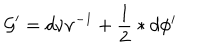
LaTeX: \mathcal { G } ^ { \prime } = d \nu \nu ^ { - 1 } + \frac { 1 } { 2 } \ast d \phi ^ { i }